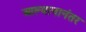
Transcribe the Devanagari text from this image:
आल्यानानंतर